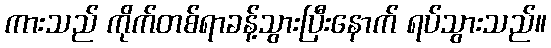
ကားသည် ကိုက်တစ်ရာခန့်သွားပြီးနောက် ရပ်သွားသည်။